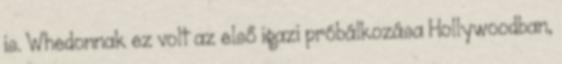
is. Whedonnak ez volt az első igazi próbálkozása Hollywoodban,